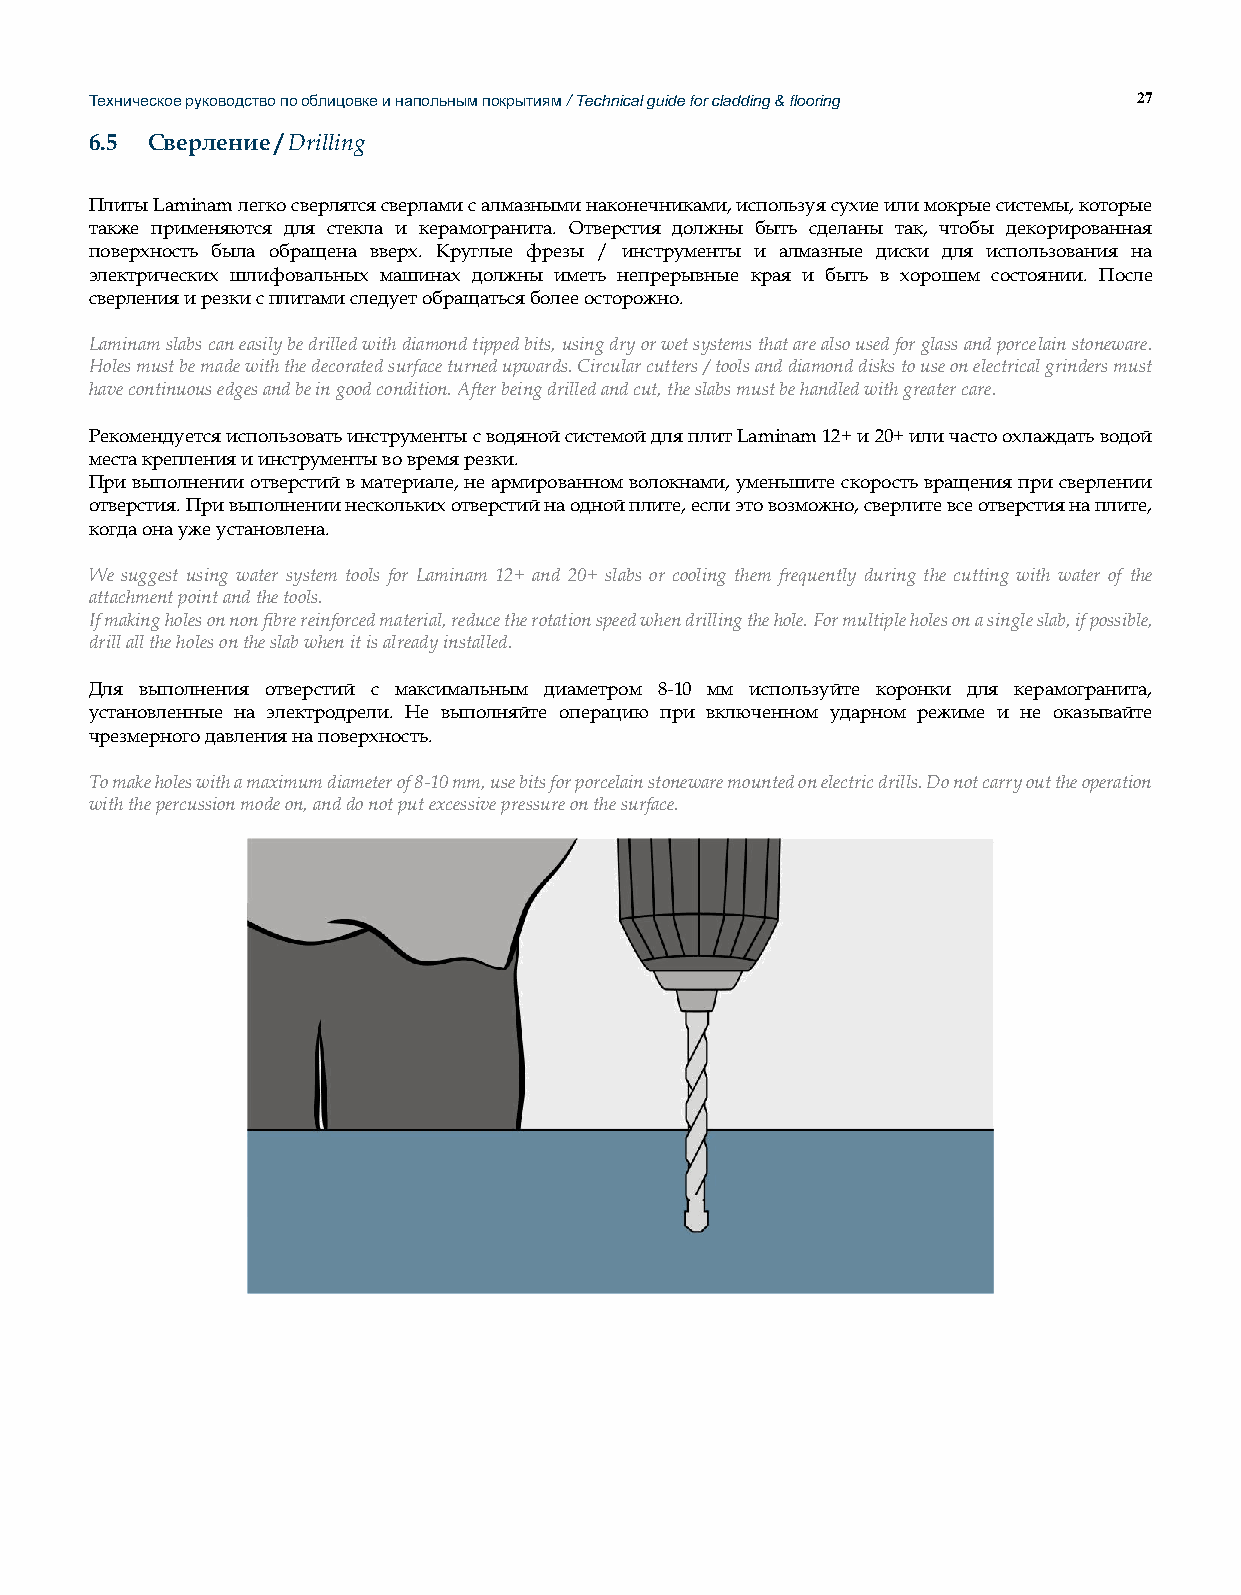
Техническое руководство по облицовке и напольным покрытиям / Technical guide for cladding & flooring 27
 6.5 Сверление / Drilling
 Плиты Laminam легко сверлятся сверлами с алмазными наконечниками, используя сухие или мокрые системы, которые
 также применяются для стекла и керамогранита. Отверстия должны быть сделаны так, чтобы декорированная
 поверхность была обращена вверх. Круглые фрезы / инструменты и алмазные диски для использования на
 электрических шлифовальных машинах должны иметь непрерывные края и быть в хорошем состоянии. После
 сверления и резки с плитами следует обращаться более осторожно.
 Laminam slabs can easily be drilled with diamond tipped bits, using dry or wet systems that are also used for glass and porcelain stoneware.
 Holes must be made with the decorated surface turned upwards. Circular cutters / tools and diamond disks to use on electrical grinders must
 have continuous edges and be in good condition. After being drilled and cut, the slabs must be handled with greater care.
 Рекомендуется использовать инструменты с водяной системой для плит Laminam 12+ и 20+ или часто охлаждать водой
 места крепления и инструменты во время резки.
 При выполнении отверстий в материале, не армированном волокнами, уменьшите скорость вращения при сверлении
 отверстия. При выполнении нескольких отверстий на одной плите, если это возможно, сверлите все отверстия на плите,
 когда она уже установлена.
 We suggest using water system tools for Laminam 12+ and 20+ slabs or cooling them frequently during the cutting with water of the
 attachment point and the tools.
 If making holes on non fibre reinforced material, reduce the rotation speed when drilling the hole. For multiple holes on a single slab, if possible,
 drill all the holes on the slab when it is already installed.
 Для выполнения отверстий с максимальным диаметром 8-10 мм используйте коронки для керамогранита,
 установленные на электродрели. Не выполняйте операцию при включенном ударном режиме и не оказывайте
 чрезмерного давления на поверхность.
 To make holes with a maximum diameter of 8-10 mm, use bits for porcelain stoneware mounted on electric drills. Do not carry out the operation
 with the percussion mode on, and do not put excessive pressure on the surface.